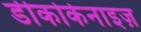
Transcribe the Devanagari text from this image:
डीकोकेनाइज़